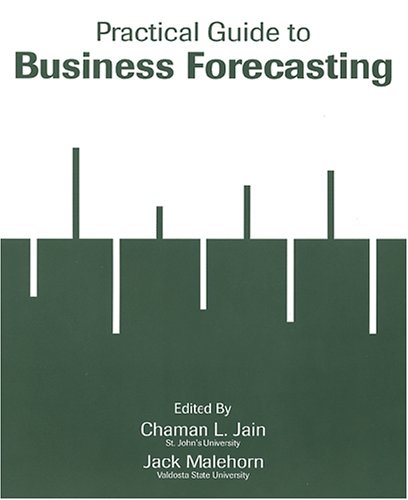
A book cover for Practical Guide to Business Forecasting; Business & Money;